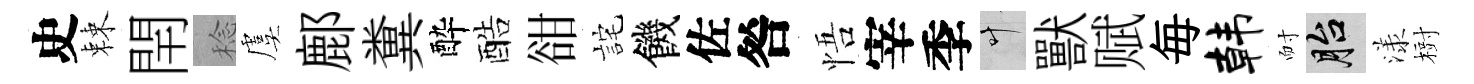
史棘閈稔虞鄜糞酔酷𧮳詫饑佐咎悟宰季叶獸赋毎韩耐胎漾𣗳